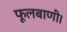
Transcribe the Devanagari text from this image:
फूलबाणी।